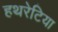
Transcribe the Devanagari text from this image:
हथरेटिया